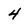
Character: 4